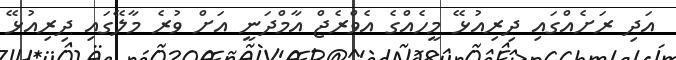
އަދި ރަށެއްގައި ދިރިއުޅޭ މީހެއްގެ އެވްރެޖް އާމްދަނީ އަށް ވުރެ މާލޭގައި ދިރިއުޅޭ